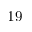
1 9